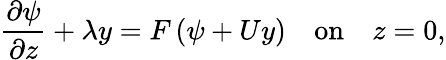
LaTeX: \frac{\partial\psi}{\partial z}+\lambda y=F\left(\psi+Uy\right)\quad\textrm{on}\quad z=0,